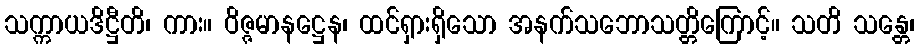
သက္ကာယဒိဋ္ဌီတိ၊ ကား။ ဝိဇ္ဇမာနဋ္ဌေန၊ ထင်ရှားရှိသော အနက်သဘောသတ္တိကြောင့်။ သတိ သန္တေ၊